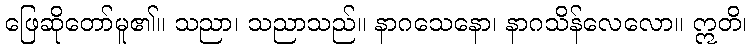
ဖြေဆိုတော်မူ၏။ သညာ၊ သညာသည်။ နာဂသေနော၊ နာဂသိန်လေလော။ ဣတိ၊